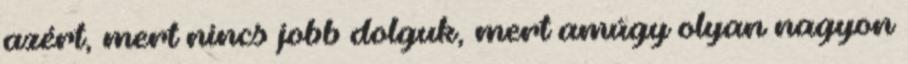
azért, mert nincs jobb dolguk, mert amúgy olyan nagyon